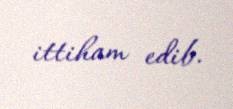
ittiham edib.